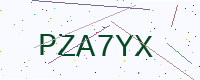
Text: PZA7YX